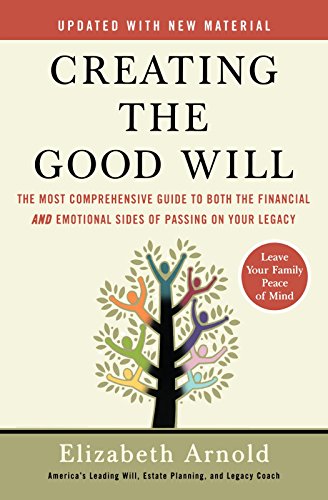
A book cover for Creating the Good Will: The Most Comprehensive Guide to Both the Financial and Emotional Sides of Passin g on Your Legacy; Elizabeth Arnold; Law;